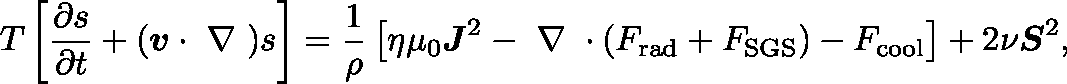
T \left[ \frac { \partial s } { \partial t } + ( \boldsymbol { v } \cdot \mathrm { \boldmath ~ \nabla ~ } ) s \right] = \frac { 1 } { \rho } \left[ \eta \mu _ { 0 } \boldsymbol { J } ^ { 2 } - \mathrm { \boldmath ~ \nabla ~ } \cdot ( F _ { \mathrm { r a d } } + F _ { \mathrm { S G S } } ) - F _ { \mathrm { c o o l } } \right] + 2 \nu \boldsymbol { S } ^ { 2 } ,